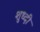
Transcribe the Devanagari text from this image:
शुध्दी